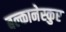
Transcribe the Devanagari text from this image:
बल्कानेस्कुए